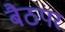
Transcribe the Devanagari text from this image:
बैठपर